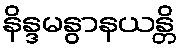
နိန္ဒမနွာနယန္တိ